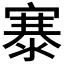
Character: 𪧦